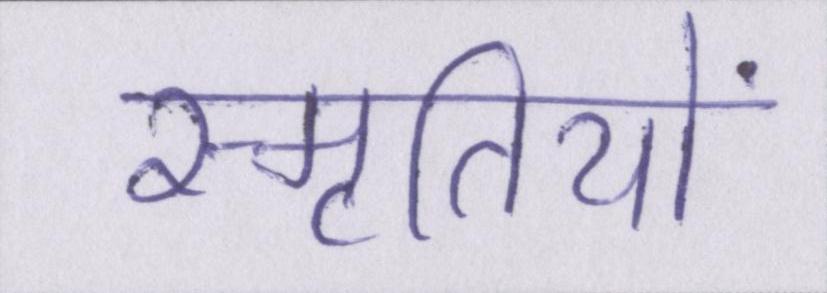
स्मृतियों